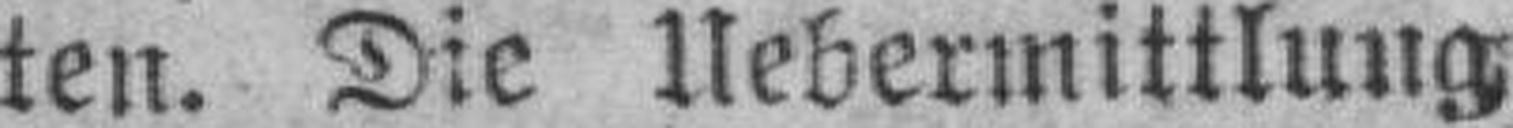
ten. Die Uebermittlung